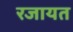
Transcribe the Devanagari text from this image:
रजायत